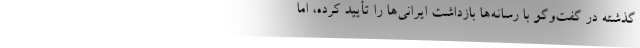
گذشته در گفت‌وگو با رسانه‌ها بازداشت ایرانی‌ها را تأیید کرده، اما